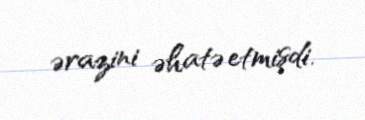
ərazini əhatə etmişdi.